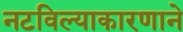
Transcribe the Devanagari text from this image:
नटविल्याकारणाने